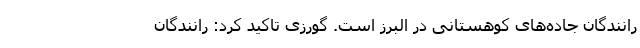
رانندگان جاده‌های کوهستانی در البرز است. گورزی تاکید کرد: رانندگان